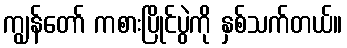
ကျွန်တော် ကစားပြိုင်ပွဲကို နှစ်သက်တယ်။